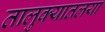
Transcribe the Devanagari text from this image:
तालुक्यातलया